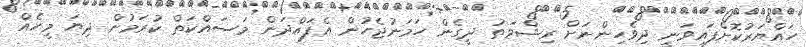
ހައްޔަރުކޮށްފައިވަނީ ދިވެހިންނަށް ރިޝްވަތު ދީގެން ހަމަނުޖެހުން އެފައްދަން މަސައްކަތް ކުރަމުން ދިޔަ މީހެއް